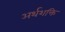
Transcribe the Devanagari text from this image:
अर्थशक्ति